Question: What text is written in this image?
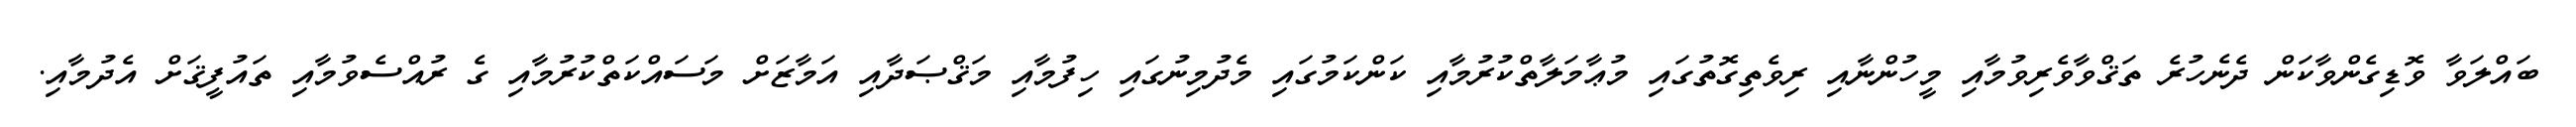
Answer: ބައްލަވާ ވޮޑިގެންވާކަން ދެނެހުރެ ތަޤްވާވެރިވުމާއި މީހުންނާއި ރިވެތިގޮތުގައި މުޢާމަލާތްކުރުމާއި ކަންކަމުގައި މެދުމިނުގައި ހިފުމާއި މަޤްޞަދާއި އަމާޒަށް މަސައްކަތްކުރުމާއި ގެ ރުއްސެވުމާއި ތައުފީޤަށް އެދުމާއި.